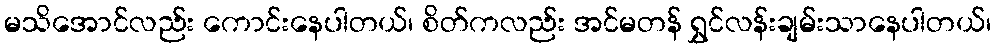
မသိအောင်လည်း ကောင်းနေပါတယ်၊ စိတ်ကလည်း အင်မတန် ရွှင်လန်းချမ်းသာနေပါတယ်၊